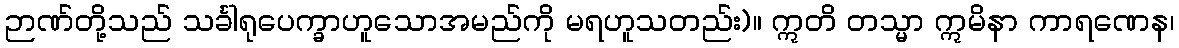
ဉာဏ်တို့သည် သင်္ခါရုပေက္ခာဟူသောအမည်ကို မရဟူသတည်း)။ ဣတိ တသ္မာ ဣမိနာ ကာရဏေန၊